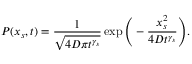
P ( x _ { s } , t ) = \frac { 1 } { \sqrt { 4 D \pi t ^ { \gamma _ { s } } } } \exp \Bigg ( - \frac { x _ { s } ^ { 2 } } { 4 D t ^ { \gamma _ { s } } } \Bigg ) .